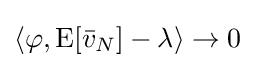
\langle \varphi ,\operatorname {E} [{\bar {v}}_{N}]-\lambda \rangle \to 0